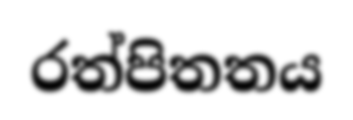
රත්පිතතය